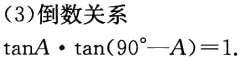
（3）倒数关系

\(\tan A\cdot\tan(90^{\circ}-A)=1\)